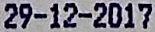
29-12-2017